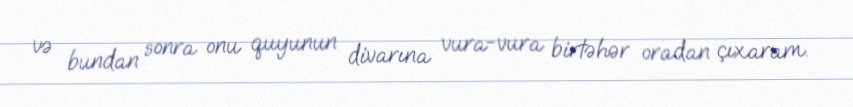
və bundan sonra onu quyunun divarına vura-vura birtəhər oradan çıxaram.